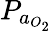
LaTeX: P_{a_{O_{2}}}